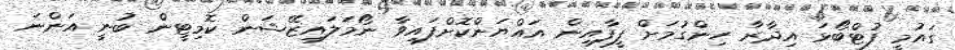
ގައުމީ ފުޓްބޯޅަ އިދާރާ ހިންގުމަށް ފީފާއިން އައްޔަންކޮށްފައިވާ ނޯމަލައިޒޭޝަން ކޮމިޓީން ބުނީ އަންނަ